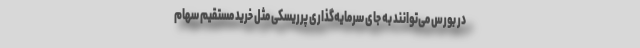
در بورس می‌توانند به جای سرمایه‌گذاری پرریسکی مثل خرید مستقیم سهام